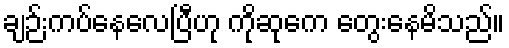
ချဉ်းကပ်နေလေပြီဟု ကိုဆုကေ တွေးနေမိသည်။